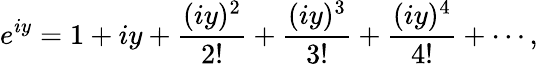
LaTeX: e^{iy}=1+iy+{\frac{(iy)^{2}}{2!}}+{\frac{(iy)^{3}}{3!}}+{\frac{(iy)^{4}}{4!}}+\cdots,